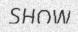
SHOW